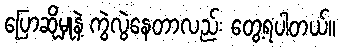
ပြောဆိုမှုနဲ့ ကွဲလွဲနေတာလည်း တွေ့ရပါတယ်။